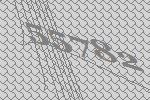
55782